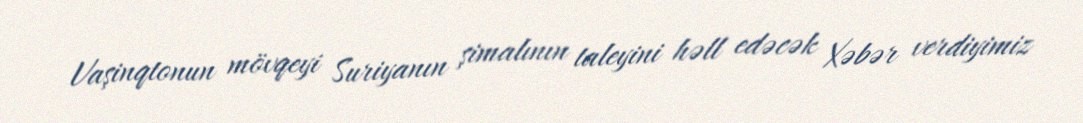
Vaşinqtonun mövqeyi Suriyanın şimalının taleyini həll edəcək Xəbər verdiyimiz